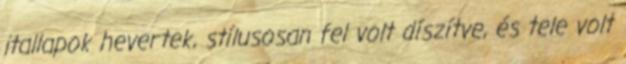
itallapok hevertek, stílusosan fel volt díszítve, és tele volt